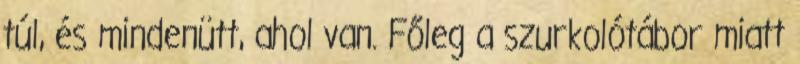
túl, és mindenütt, ahol van. Főleg a szurkolótábor miatt